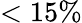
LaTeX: <15\%